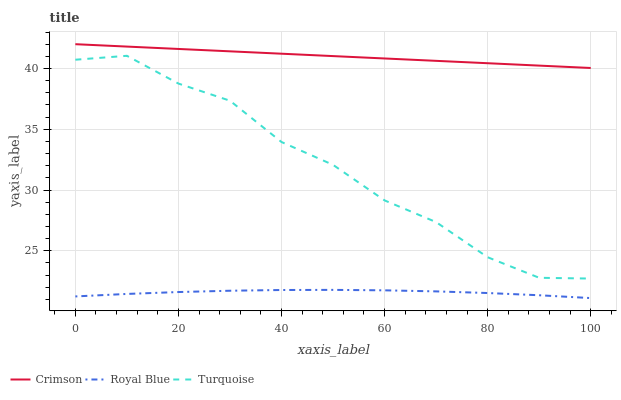
| xaxis_label | Crimson | Royal Blue | Turquoise |
 | --- | --- | --- | --- |
 | 0 | 42 | 21.2 | 40.7 |
 | 10 | 41.8 | 21.5 | 41 |
 | 20 | 41.6 | 21.6 | 38.8 |
 | 30 | 41.4 | 21.7 | 37.3 |
 | 40 | 41.2 | 21.8 | 34 |
 | 50 | 41 | 21.8 | 32.1 |
 | 60 | 40.8 | 21.8 | 29.1 |
 | 70 | 40.6 | 21.7 | 27.4 |
 | 80 | 40.4 | 21.5 | 24.5 |
 | 90 | 40.2 | 21.3 | 22.8 |
 | 100 | 40 | 21.1 | 22.7 |